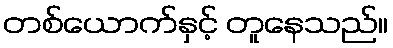
တစ်ယောက်နှင့် တူနေသည်။